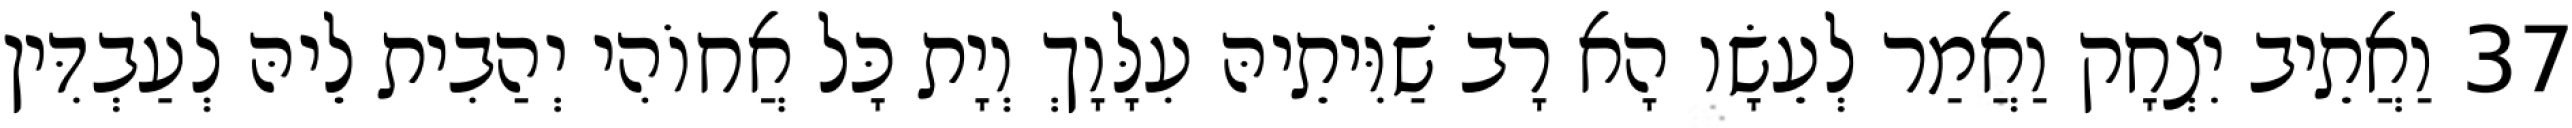
37 וַאֲתֵיב יִצְחָק וַאֲמַר לְעֵשָׂו הָא רָב שַׁוִּיתֵיהּ עִלָּוָךְ וְיָת כָּל אֲחוֹהִי יְהַבִית לֵיהּ לְעַבְדִּין